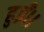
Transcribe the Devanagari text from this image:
हुईं।।